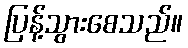
ပြန့်သွားစေသည်။